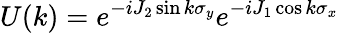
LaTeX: U(k)=e^{-iJ_{2}\sin k\sigma_{y}}e^{-iJ_{1}\cos k\sigma_{x}}